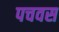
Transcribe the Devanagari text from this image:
पचवस